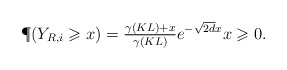
\begin{align*}\P(Y_{R, i} \geqslant x )=\tfrac{\gamma(KL) + x}{\gamma(KL)}e^{-\sqrt{2d}x}x \geqslant 0.\end{align*}